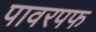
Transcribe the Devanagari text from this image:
पावरपफ